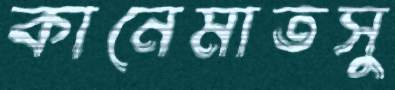
কানেমাতসু